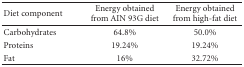
<table><thead><tr><td><b>Diet component</b></td><td><b>Energy obtained from AIN 93G diet</b></td><td><b>Energy obtained from high-fat diet</b></td></tr></thead><tbody><tr><td>Carbohydrates</td><td>64.8%</td><td>50.0%</td></tr><tr><td>Proteins</td><td>19.24%</td><td>19.24%</td></tr><tr><td>Fat</td><td>16%</td><td>32.72%</td></tr></tbody></table>